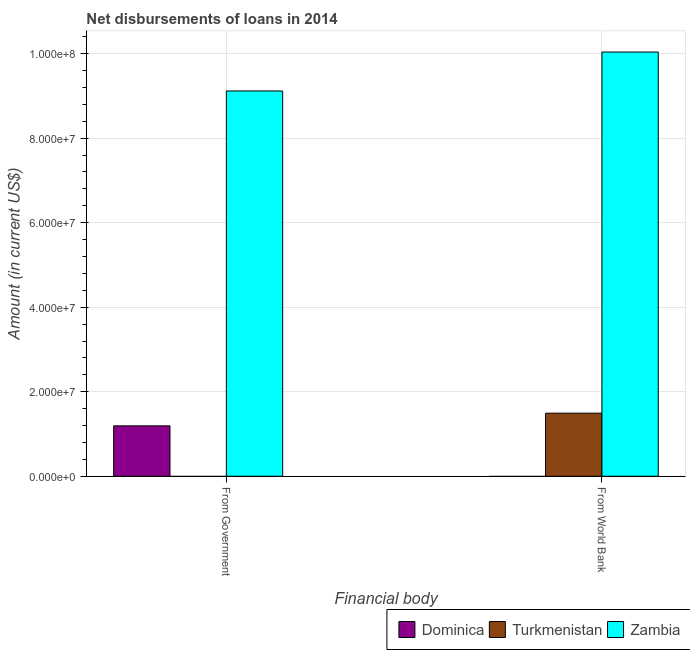
| Financial body | Dominica | Turkmenistan | Zambia |
 | --- | --- | --- | --- |
 | From Government | 1.19e+07 | -2.57e+07 | 9.12e+07 |
 | From World Bank | -7.6e+05 | 1.49e+07 | 1e+08 |